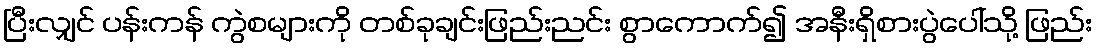
ပြီးလျှင် ပန်းကန် ကွဲစများကို တစ်ခုချင်းဖြည်းညင်း စွာကောက်၍ အနီးရှိစားပွဲပေါ်သို့ ဖြည်း